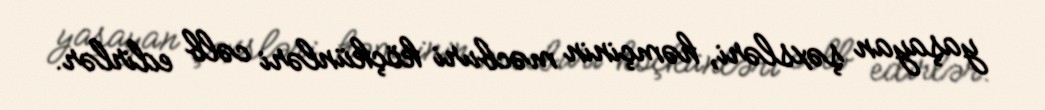
yaşayan şəxsləri, həmçinin məcburi köçkünləri cəlb edirlər.